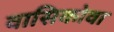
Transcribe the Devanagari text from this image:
वासिकोवा